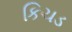
કિચડ